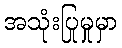
အသုံးပြုမှုမှာ